Statistical return of the lunatic asylum in Assam - 1912-1932
Year: 1912
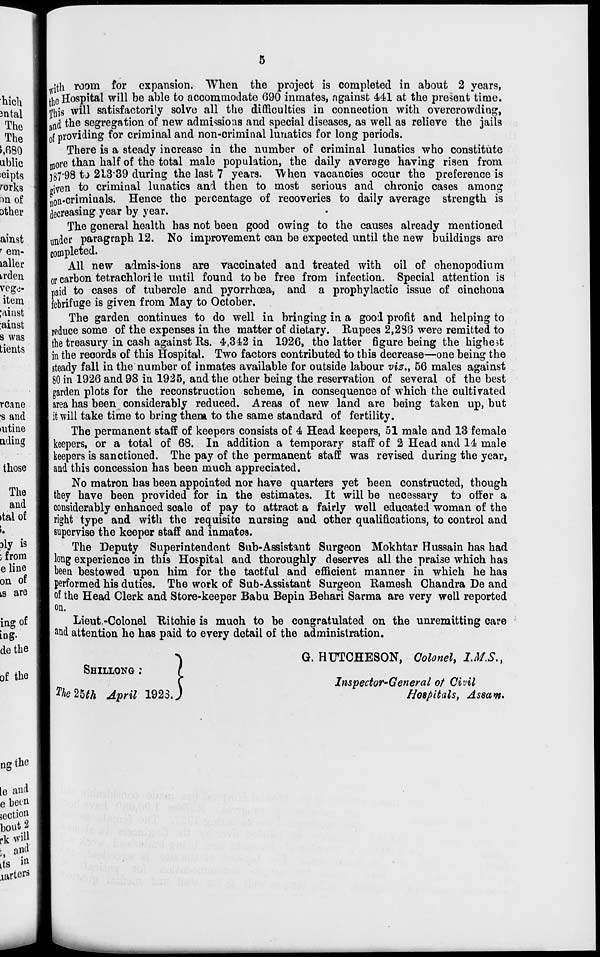
, .jtli room for expansion. When the project is completed in about 2 years,
the Hospital will be able to acoommodate 690 inmates, against 441 at the present time.
Lnhis will satisfactorily solve all the difficulties in connection with overcrowding,
L n d the segregation of new admissions and special diseases, as well as relieve the jails
Lf providing for criminal and non-criminal lunatics for long periods.
There is a steady increase in the number of criminal lunatics who constitute
^re than half of the total male population, the daily average having risen from
]87*98 to 2L339 during the last 7 years. "VVhen vacancies occur the preference is
given to criminal lunatics and then to most serious and chronic cases among
^.criminals. Hence the percentage of recoveries to daily average strength is
decreasing year by year.
The general health has not been good owing to the causes already mentioned
under paragraph 12. No improvement can be expected until the new buildings are
completed.
All new admissions are vaccinated and treated with oil of chenopodium
or carbon tetrachlori le until found to be free from infection. Special attention is
paid to cases of tubercle and pyorrhoea, and a prophylactic issue of cinchona
febrifuge is given from May to October.
The garden oontinues to do well in bringing in a good profit and helping to
reduce some of the expenses in the matter of dietary. Rupees 2,236 were remitted to
the treasury in cash against Rs. 4,342 in 1926, the latter figure being the highest
in the records of this Hospital. Two factors contributed to this decrease—one being the
steady fall in the number of inmates available for outside labour viz., 56 males against
80 in 1926 and 98 in 1925, and the other being the reservation of several of the best
garden plots for the reconstruction scheme, in consequence of which the cultivated
area has been considerably reduced. Areas of new land are being taken up, but
it will take time to bring them to the same standard of fertility.
The permanent staff of keepers consists of 4 Head keepers, 51 male and 13 female
keepers, or a total of 68. In addition a temporary staff of 2 Head and 14 male
keepers is sanctioned. The pay of the permanent staff was revised during the year,
and this concession has been much appreciated.
No matron has been appointed nor have quarters yet been constructed, though
they have been provided for in the estimates. It will be necessary to offer a
considerably enhanced scale of pay to attract a fairly well educated woman of the
right type and with the requisite nursing and other qualifications, to control and
supervise the keeper staff and inmates.
The Deputy Superintendent Sub-Assistant Surgeon Mokhtar Hussain has had
long experience in this Hospital and thoroughly deserves all the praise which has
been bestowed upon him for the tactful and efficient manner in which he has
performed his duties. The work of Sub-Assistant Surgeon Ramesh Chandra De and
of the Head Clerk and Store-keeper Babu Bepin Behari Sarma are very well reported
on.
Lieut.-Colonel Ritchie is much to be congratulated on the unremitting care
and attention he has paid to every detail of the administration.
SHILLONG
2%e25M April " }
il 1923 J
G. HUTCHESON, Colonel, IMS.,
Inspector-General of Civil
Hospitals, Assam.